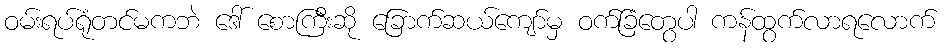
ဝမ်းရပ်ရုံတင်မကဘဲ ဒေါ် စောကြီးဆို ခြောက်ဆယ်ကျော်မှ ဝက်ခြံတွေပါ ကန်ထွက်လာရလောက်